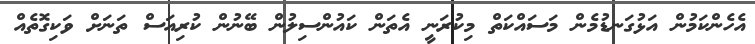
އެހެންކަމުން އަޅުގަނޑުމެން މަސައްކަތް މިކުރަނީ އެތަން ކައުންސިލުން ބޭނުން ކުރިއަސް ތަނަށް ވަކިގޮތެއް